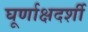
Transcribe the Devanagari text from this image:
घूर्णाक्षदर्शी